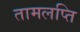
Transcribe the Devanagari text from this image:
तामलप्ति